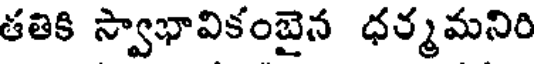
తతికి స్వాభావికంబైన ధర్మమనిరి